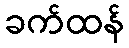
ခက်ထန်